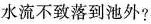
水流不致落到池外?